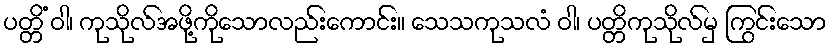
ပတ္တိံ ဝါ၊ ကုသိုလ်အဖို့ကိုသောလည်းကောင်း။ သေသကုသလံ ဝါ၊ ပတ္တိကုသိုလ်မှ ကြွင်းသော